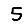
Digit: 5